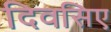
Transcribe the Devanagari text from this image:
दिवसिए